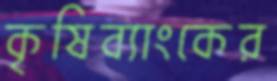
কৃষিব্যাংকের